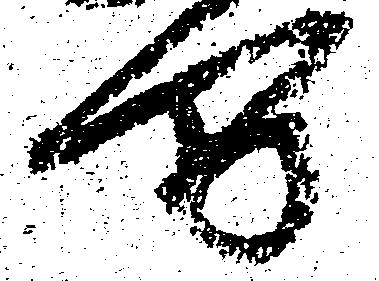
万